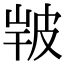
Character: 𤿣